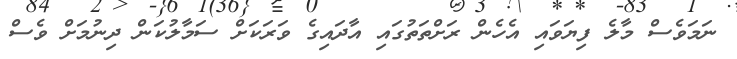
ނަމަވެސް މާލެ ފިޔަވައި އެހެން ރަށްތަތުގައި އާދައިގެ ވަރަކަށް ސަމާލުކަން ދިނުމަށް ވެސް